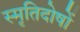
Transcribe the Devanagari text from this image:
स्मृतिदोषों